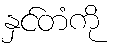
နှင်တံကို